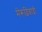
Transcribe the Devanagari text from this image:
मेंरूढ़िवादी